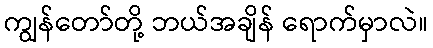
ကျွန်တော်တို့ ဘယ်အချိန် ရောက်မှာလဲ။